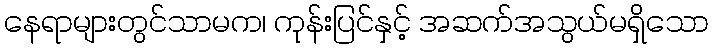
နေရာများတွင်သာမက၊ ကုန်းပြင်နှင့် အဆက်အသွယ်မရှိသော